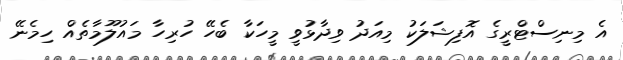
އެ މިނިސްޓްރީގެ އޮފިޝަލަކު މިއަދު ވިދާޅުވީ މީހަކާ ބެހޭ ހުރިހާ މައުލޫމާތެއް ހިމެނޭ